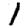
Digit: 1